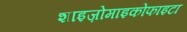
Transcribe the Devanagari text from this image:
शाइज़ोमाइकोफाइटा